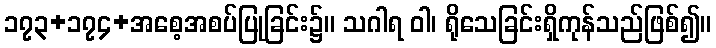
၁၇၃+၁၇၄+အစေ့အစပ်ပြုခြင်း၌။ သဂါရ ဝါ၊ ရိုသေခြင်းရှိကုန်သည်ဖြစ်၍။